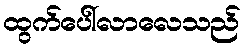
ထွက်ပေါ်လာလေသည်